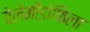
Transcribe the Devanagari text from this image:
चेलेमीडोफिला